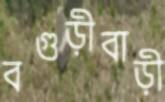
বগুড়ীবাড়ী